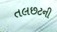
તલછટની